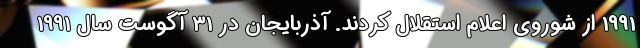
1991 از شوروی اعلام استقلال کردند. آذربایجان در 31 آگوست سال 1991